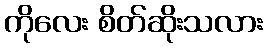
ကိုလေး စိတ်ဆိုးသလား